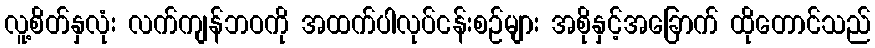
လူ့စိတ်နှလုံး လက်ကျန်ဘဝကို အထက်ပါလုပ်ငန်းစဉ်များ အစိုနှင့်အခြောက် ထိုတောင်သည်